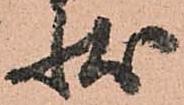
状